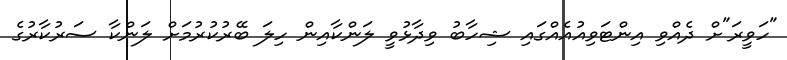
"ހަވީރަ"ށް ދެއްވި އިންޓަވިއުއެއްގައި ޝިހާބު ވިދާޅުވީ ލަންކާއިން ހިލަ ބޭރުކުރުމަށް ލަންކާ ސަރުކާރުގެ